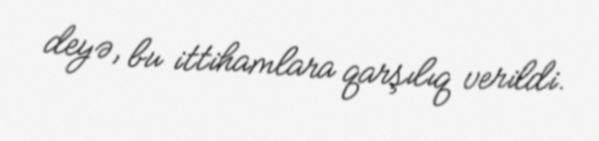
deyə, bu ittihamlara qarşılıq verildi.